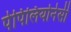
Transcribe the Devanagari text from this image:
पेपिलियोनेसी